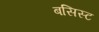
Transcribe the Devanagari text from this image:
बसिस्ट